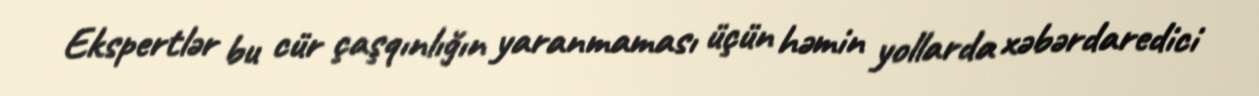
Ekspertlər bu cür çaşqınlığın yaranmaması üçün həmin yollarda xəbərdaredici